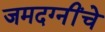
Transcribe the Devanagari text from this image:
जमदग्नींचे